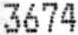
3674